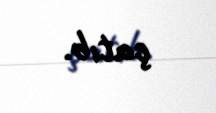
çatıb.